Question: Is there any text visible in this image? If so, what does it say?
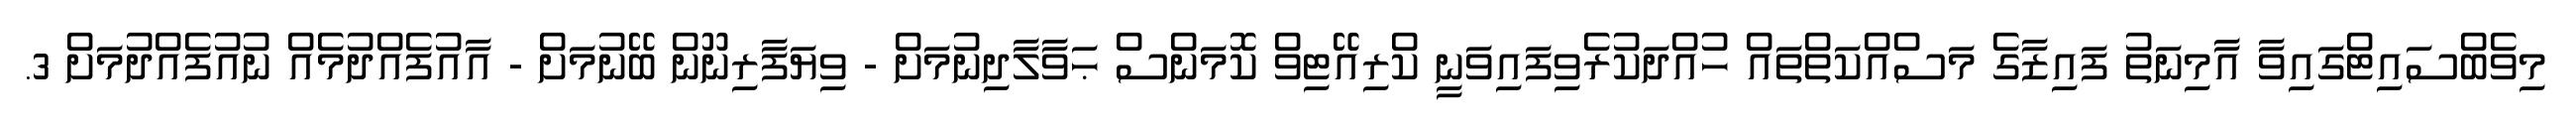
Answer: މިވެބްސައިޓްގައިވާ އާމިނަތު ފައިޒާގެ މަސްއްކަތްތައް ހުއްދަކުރެވިފައިވަނީ ކްރިއޭޓިވް ކޮމަންސް ޙަވާލާދިނުމަށް - ވިޔަފާރިނޫން ބޭނުމަށް - އާއުފެއްދުމެއް ނުއުފެއްދުމަށް 3.